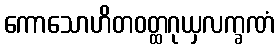
ကောသောဟိတဝတ္ထဂုယှလက္ခဏံ